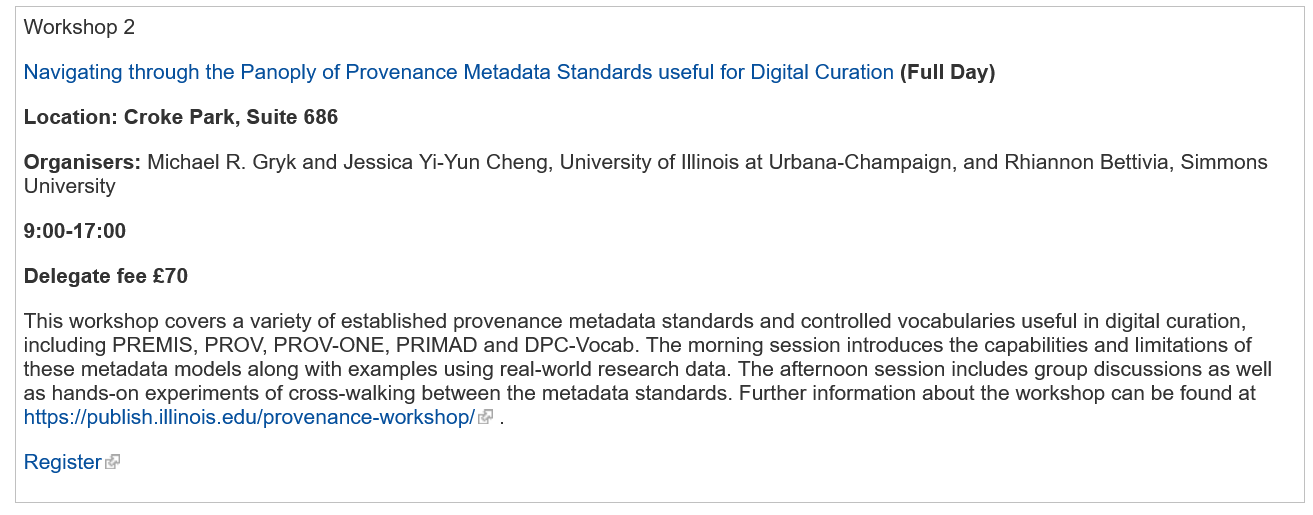
Workshop 2
   Navigating through the Panoply of Provenance Metadata Standards useful for Digital Curation (Full Day)
   Location: Croke Park, Suite 686
   Organisers: Michael R. Gryk and Jessica Yi-Yun Cheng, University of Illinois at Urbana-Champaign, and Rhiannon Bettivia, Simmons
   University
   9:00-17:00
   Delegate fee £70
   This workshop covers a variety of established provenance metadata standards and controlled vocabularies useful in digital curation,
   including PREMIS, PROV, PROV-ONE,  PRIMAD  and DPC-Vocab. The morning session introduces the capabilities and limitations of
   these metadata models along with examples using real-world research data. The afternoon session includes group discussions as wel
   as hands-on experiments of cross-walking between the metadata standards. Further information about the workshop can be found at
   httos://publish illinois. edu/provenance-workshop/ =
     _
   Register